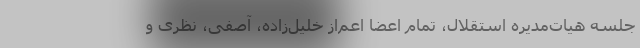
جلسه هیات‌مدیره استقلال، تمام اعضا اعم‌از خلیل‌زاده، آصفی، نظری و